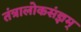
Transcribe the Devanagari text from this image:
तंत्रालोकसंज्ञम्